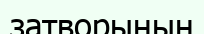
затворының